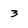
Character: 3